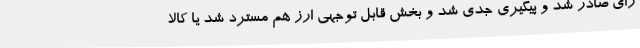
رای صادر شد و پیگیری جدی شد و بخش قابل توجهی ارز هم مسترد شد یا کالا